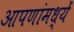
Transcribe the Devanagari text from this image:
आपणांमध्यें